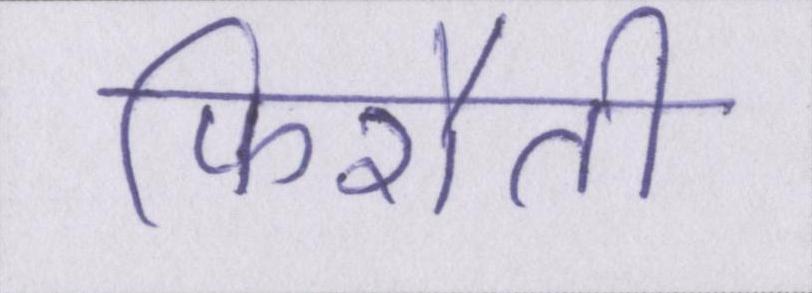
फिरौती